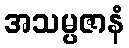
အသမ္ပဇာနံ